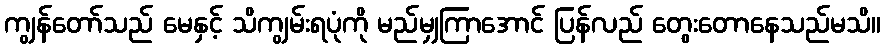
ကျွန်တော်သည် မေနှင့် သိကျွမ်းရပုံကို မည်မျှကြာအောင် ပြန်လည် တွေးတောနေသည်မသိ။